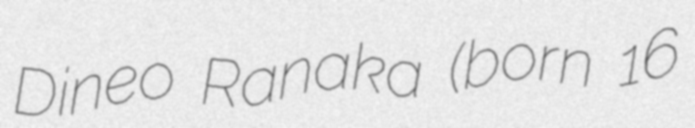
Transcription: Dineo Ranaka (born 16